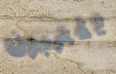
يقتربون